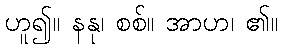
ဟူ၍။ နနု၊ စစ်။ အာဟ၊ ၏။